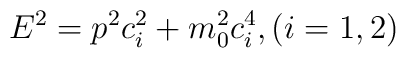
E^{2}=p^{2}c^{2}_{i}+m^{2}_{0}c^{4}_{i}, (i=1,2)